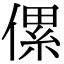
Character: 傫